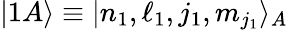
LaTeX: |1A\rangle\equiv|n_{1},\ell_{1},j_{1},m_{j_{1}}\rangle_{A}